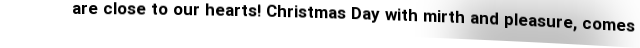
are close to our hearts! Christmas Day with mirth and pleasure, comes